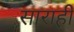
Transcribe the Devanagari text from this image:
साराही